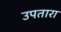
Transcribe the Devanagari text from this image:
उपतारा